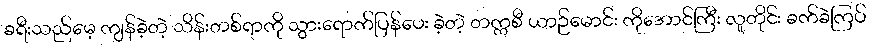
ခရီးသည်မေ့ ကျန်ခဲ့တဲ့ သိန်းတစ်ရာကို သွားရောက်ပြန်ပေး ခဲ့တဲ့ တက္ကစီ ယာဉ်မောင်း ကိုအောင်ကြီး လူတိုင်း ခက်ခဲကြပ်